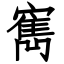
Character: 寯